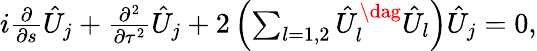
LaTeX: \begin{array}{r}{i\frac{\partial}{\partial s}\hat{U}_{j}+\frac{\partial^{2}}{\partial\tau^{2}}\hat{U}_{j}+2\left(\sum_{l=1,2}\hat{U}_{l}^{\dag}\hat{{U}}_{l}\right)\hat{U}_{j}=0,}\end{array}